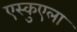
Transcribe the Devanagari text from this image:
एस्कुएला